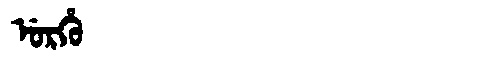
Manchu: ᡠᡵᡥᡠ
Romanization: URHU